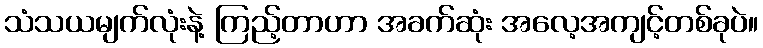
သံသယမျက်လုံးနဲ့ ကြည့်တာဟာ အခက်ဆုံး အလေ့အကျင့်တစ်ခုပဲ။